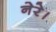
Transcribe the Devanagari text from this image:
नेरे।